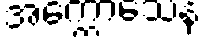
အက္ကောသေန